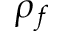
\rho _ { f }